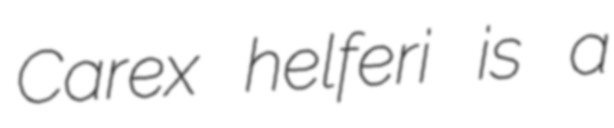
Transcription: Carex helferi is a